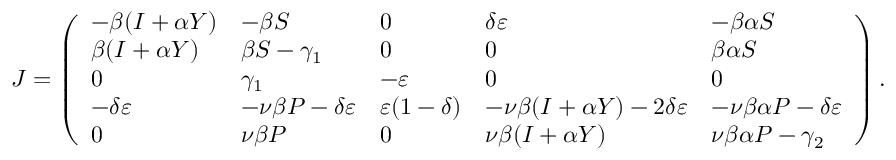
\begin{array} { r } { J = \left( \begin{array} { l l l l l } { - \beta ( I + \alpha Y ) } & { - \beta S } & { 0 } & { \delta \varepsilon } & { - \beta \alpha S } \\ { \beta ( I + \alpha Y ) } & { \beta S - \gamma _ { 1 } } & { 0 } & { 0 } & { \beta \alpha S } \\ { 0 } & { \gamma _ { 1 } } & { - \varepsilon } & { 0 } & { 0 } \\ { - \delta \varepsilon } & { - \nu \beta P - \delta \varepsilon } & { \varepsilon ( 1 - \delta ) } & { - \nu \beta ( I + \alpha Y ) - 2 \delta \varepsilon } & { - \nu \beta \alpha P - \delta \varepsilon } \\ { 0 } & { \nu \beta P } & { 0 } & { \nu \beta ( I + \alpha Y ) } & { \nu \beta \alpha P - \gamma _ { 2 } } \end{array} \right) . } \end{array}